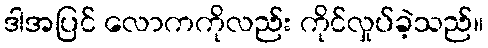
ဒါအပြင် လောကကိုလည်း ကိုင်လှုပ်ခဲ့သည်။